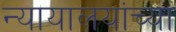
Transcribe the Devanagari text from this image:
न्यायालयांच्या